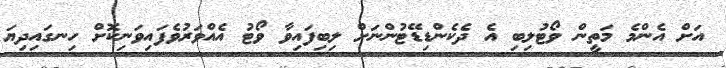
އަށް އެންމެ މަތީން ވޯޓުލިބި އެ ދެކެންޑިޑޭޓުންނަށް ލިބިފައިވާ ވޯޓު އެއްވަރުވެފައިވަނިކޮށް ހިނގައިދިޔަ